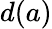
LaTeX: d(a)